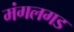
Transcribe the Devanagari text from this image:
मंगलगड